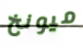
ميونخ